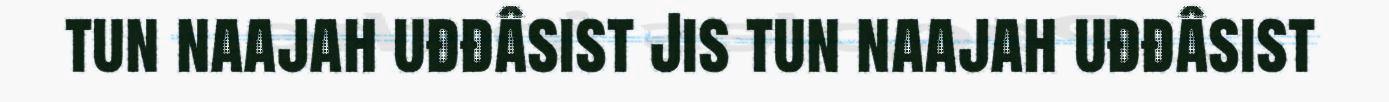
tun naajah uđđâsist Jis tun naajah uđđâsist